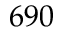
6 9 0